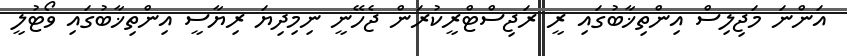
އަންނަ މަޖިލިސް އިންތިޚާބުގައި ރީ ރަޖިސްޓްރީކުރަން ޖެހޭނީ ނިމިދިޔަ ރިޔާސީ އިންތިޚާބުގައި ވޯޓުލީ